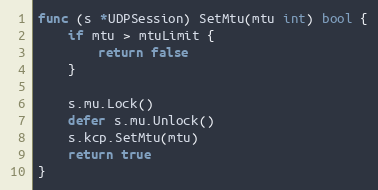
Language: Go
func (s *UDPSession) SetMtu(mtu int) bool {
	if mtu > mtuLimit {
		return false
	}

	s.mu.Lock()
	defer s.mu.Unlock()
	s.kcp.SetMtu(mtu)
	return true
}